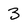
Character: 3